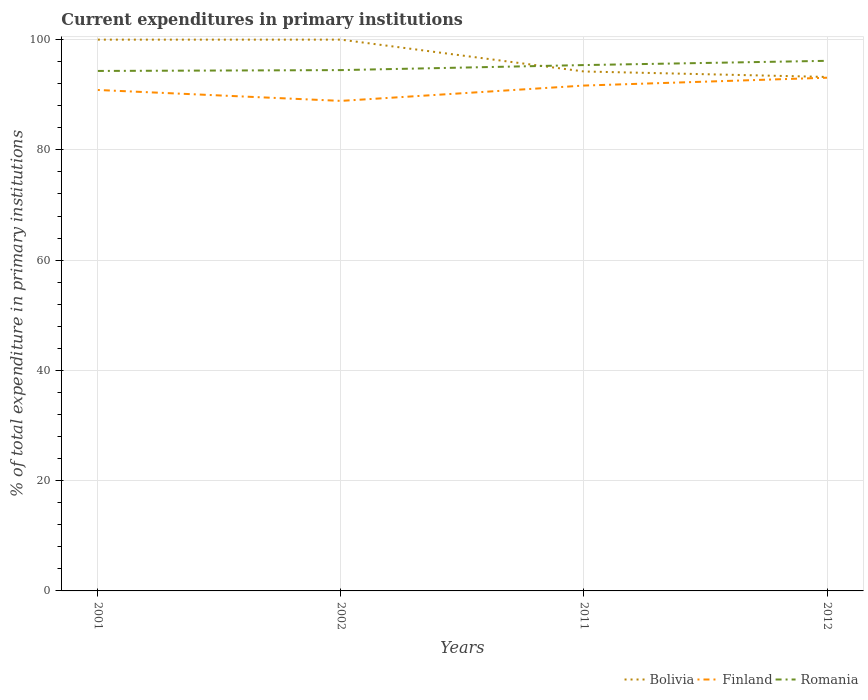
| Years | Bolivia | Finland | Romania |
 | --- | --- | --- | --- |
 | 2001 | 100 | 90.9 | 94.3 |
 | 2002 | 100 | 88.9 | 94.5 |
 | 2011 | 94.2 | 91.7 | 95.4 |
 | 2012 | 93.2 | 93.1 | 96.2 |